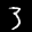
Label: 3